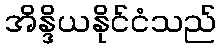
အိန္ဒိယနိုင်ငံသည်